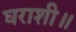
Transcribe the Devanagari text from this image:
घराशी॥